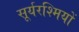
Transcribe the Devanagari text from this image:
सूर्यरश्मियों